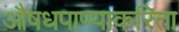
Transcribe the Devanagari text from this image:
औषधपाण्याकरिता